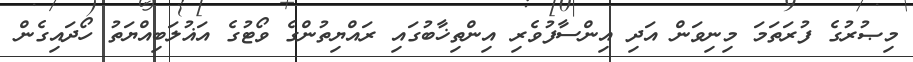
މިޞުރުގެ ފުރަތަމަ މިނިވަން އަދި އިންސާފުވެރި އިންތިޚާބުގައި ރައްޔިތުންގެ ވޯޓުގެ އަޣުލަބިއްޔަތު ހޯދައިގެން